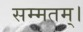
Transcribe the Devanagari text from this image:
सम्मतम्।